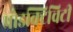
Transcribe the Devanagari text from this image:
प्रोडक्टिविटी